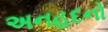
અનહદનો